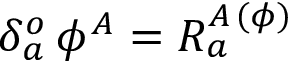
\delta _ { a } ^ { o } \, \phi ^ { A } = R _ { a } ^ { A \, ( \phi ) }